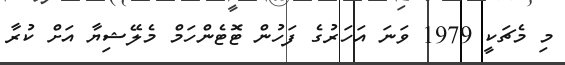
މި މެޗަކީ 1979 ވަނަ އަހަރުގެ ފަހުން ޓޮޓެންހަމް މެލޭޝިޔާ އަށް ކުރާ